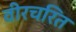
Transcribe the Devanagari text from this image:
वीरचरित